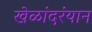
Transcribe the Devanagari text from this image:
खेळांदरंयान